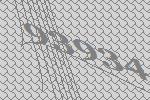
93934